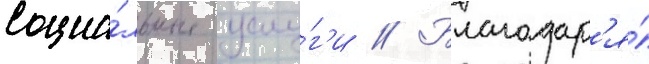
социа́льные услу́г'и // Благодар'я́